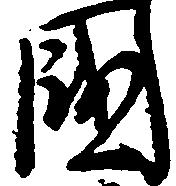
国